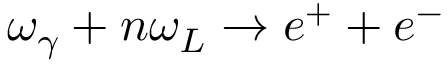
\omega _ { \gamma } + n \omega _ { L } \rightarrow e ^ { + } + e ^ { - }